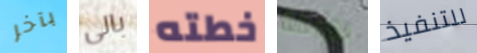
بآخر بالى خطته باروكة للتنفيذ